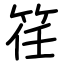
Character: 䇮